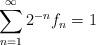
LaTeX: \begin{align*}\sum_{n=1}^\infty2^{-n}f_n=1\end{align*}